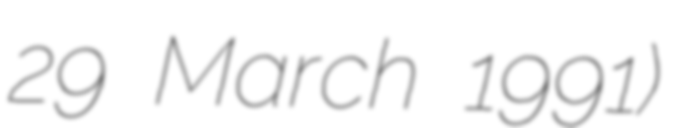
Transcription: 29 March 1991)